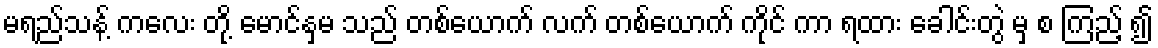
မရည်သန့် ကလေး တို့ မောင်နှမ သည် တစ်ယောက် လက် တစ်ယောက် ကိုင် ကာ ရထား ခေါင်းတွဲ မှ စ ကြည့် ၍